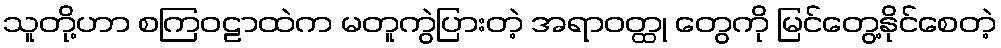
သူတို့ဟာ စကြဝဠာထဲက မတူကွဲပြားတဲ့ အရာဝတ္ထု တွေကို မြင်တွေ့နိုင်စေတဲ့